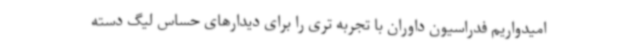
امیدواریم فدراسیون داوران با تجربه تری را برای دیدارهای حساس لیگ دسته